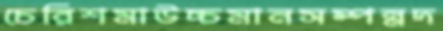
চেরিশমাউচ্চমানসম্পন্নদ